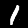
Digit: 1